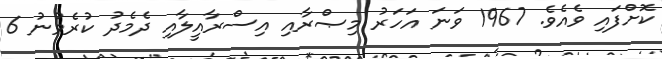
ކޮށްފައި ވެއެވެ. 1967 ވަނަ އަހަރު މިޞްރާއި އިސްރާއީލާއި ދެމެދު ކުރެވުނު 6